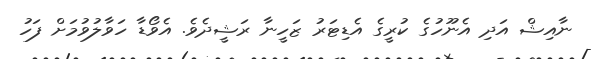
ނާއިޝް އަދި އެނޫހުގެ ކުރީގެ އެޑިޓަރު ޒަހީނާ ރަޝީދެވެ. އެވޯޑާ ހަވާލުވުމަށް ފަހު